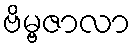
ဗိမ္ဗဇာလာ